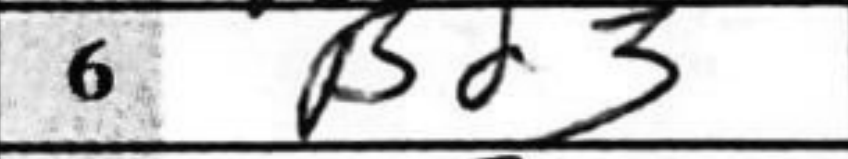
Transcription: Bd3